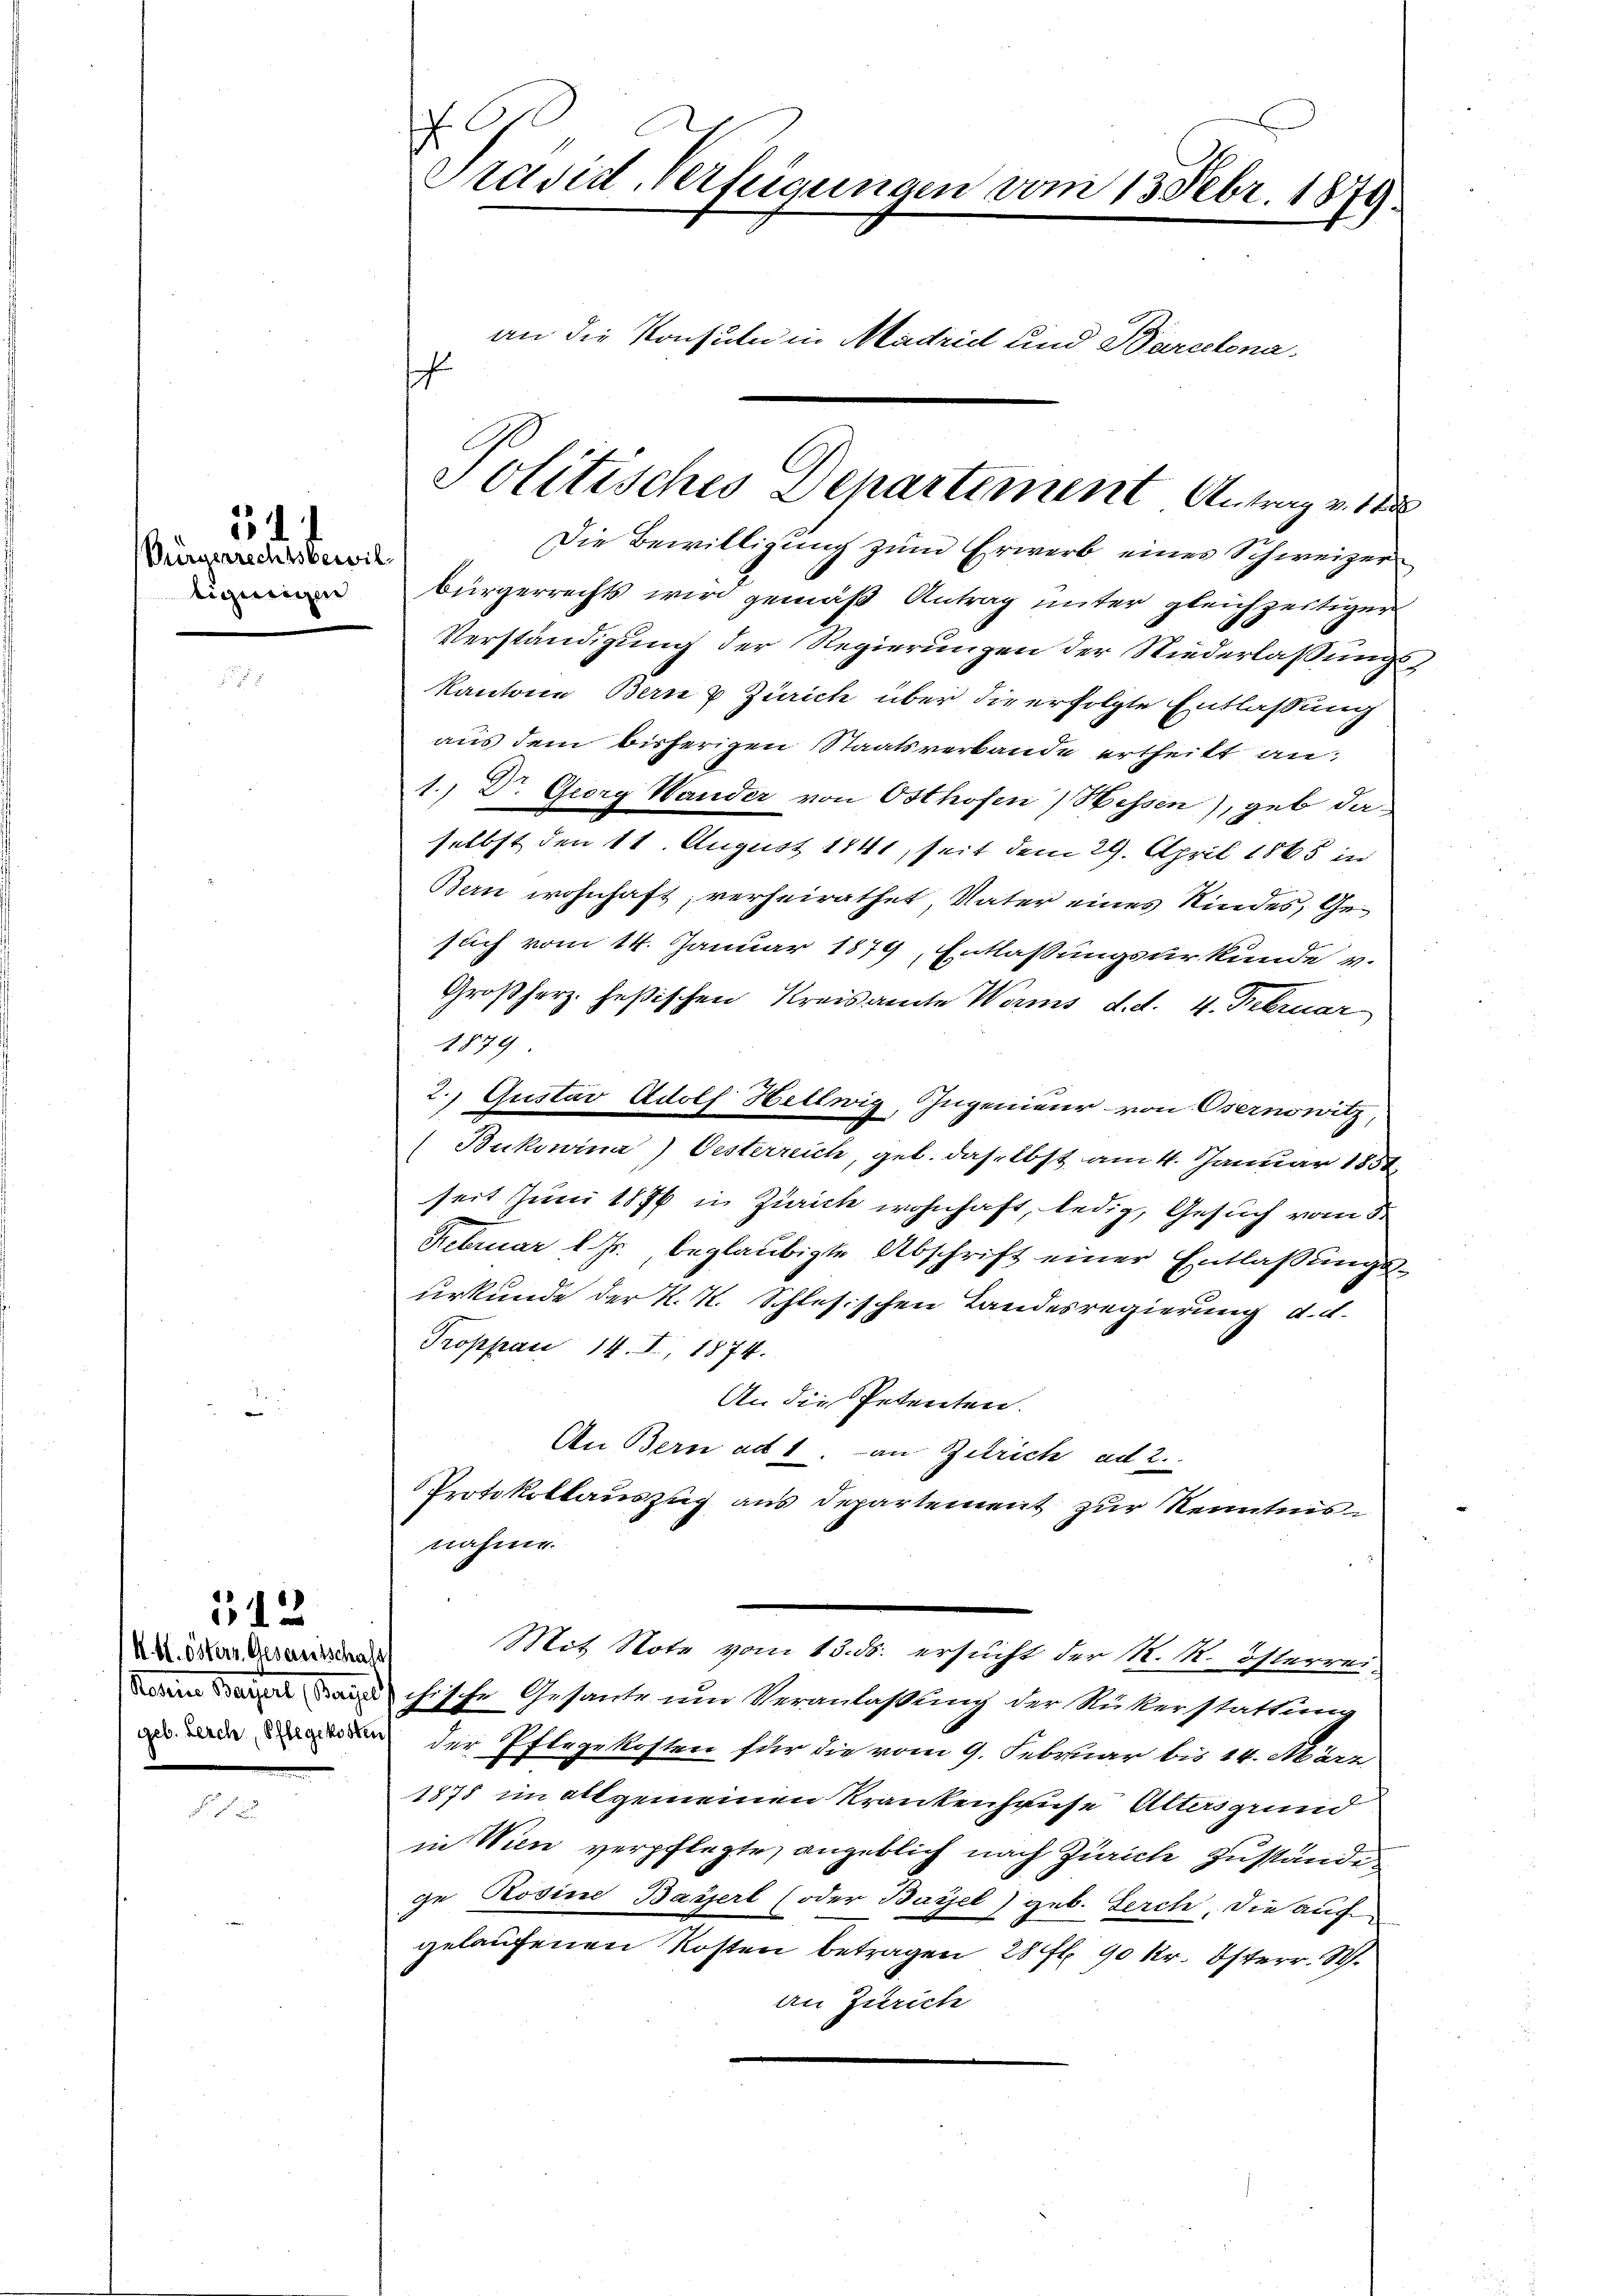
(Bürgerrechtsbewiltigungen

5

512

Abt. Ostern Gesamtschale

Präsid. Verfügungen vom 15. Febr. 1879
an die Konsuln in Madrill und Barcelona.
s

Die Bewilligung zum Erwerb eines Schweizer
Bürgerrechts wird gemäß Antrag unter gleichzeitigen
Verständigung der Regierungen der Niederlassungs¬
Kantone Bern & Zürich über die erfolgte Entlassung
aus dem bisherigen Staatsverbande ertheilt an:
1.) Dr. Georg Wander von Osthofen / Hessen), geb daselbst den 11. August 1841, seit dem 29. April 1865 in
Bern wohnhaft, verheirathet, Vater eines Kindes, Gesuch vom 14. Januar 1879, Entlassungsurkunde v.
Großherz. Heßischen Kreisamte Worms d.d. 4. Februar
1879.
2.) Gustav Adolf Hellwig, Ingenieur- von Osernowitz,
(Bukowina) Oesterreich, geb. daselbst am 4. Januar 1851
seit Juni 1876 in Zürich wohnhaft, ledig, Gesuch vom 3.
Februar l. Js. beglaubigte Abschrift einer Entlaßungsurkunde der K. K. Schlesischen Landesregierung d. d.
Troppau 14. I, 1874.
An die Petenten.
An Bern ad 1. an Zitrich ad 2.
Protokollauszug aus Departement zur Kenntnis
nahme.
Mit Note vom 13. ds. ersucht der K. K. Österreiichische Gesante um Veranlaßung der Rükerstattung
an und an der Pflegekosten für die vom 9. Februar bis 14. März
1878 im allgemeinen Krankenhause Altersgrund
in Wien verpflegte, angeblich nach Zürich zustände
ge Rosine Bayserl (oder Bassel) geb. Berch, die auf
gelaufenen Kosten betragen 28 fl. 90 kr. Österr. W.
an Zürich

Politisches Departement Antrag v. 188